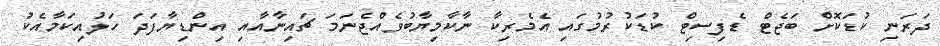
ދަރަނި ކުޑަކޮށް ބަޖެޓް ޑެފިސިޓް ކުޑަކުރުމުގައި އެމެރިކާ ނާކާމިޔާބުވެއްޖެނަމަ ޗައިނާއާއި އިންޑިޔާފަދަ ހަލުއިކަމާއެކު